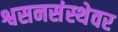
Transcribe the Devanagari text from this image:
श्वसनसंस्थेवर